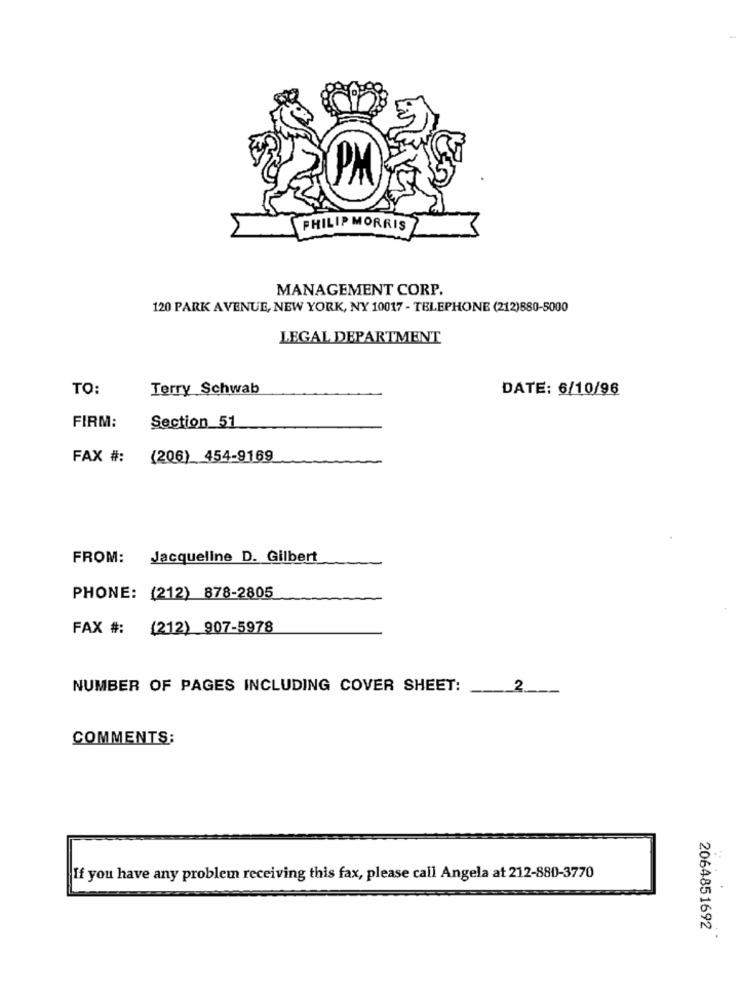
PM
PHILIP MORRIS
MANAGEMENT CORP.
120 PARK AVENUE, NEW YORK, NY 10017 - TELEPHONE (212)880-5000
LEGAL DEPARTMENT
TO:
Terry Schwab
DATE: 6/10/96
FIRM:
Section 51
FAX #:
(206) 454-9169
FROM:
Jacqueline D. Gilbert
PHONE: (212) 878-2805
FAX #:
(212) 907-5978
NUMBER OF PAGES INCLUDING COVER SHEET:
2
COMMENTS:
If you have any problem receiving this fax, please call Angela at 212-880-3770
2064851692